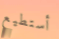
أستطيع